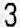
3